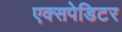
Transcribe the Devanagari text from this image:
एक्सपेडिटर